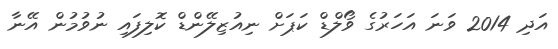
އަދި 2014 ވަނަ އަހަރުގެ ވޯލްޑް ކަަޕަށް ނިއުޒިލޭންޑް ކޮލިފައި ނުވުމުން އޭނާ